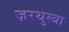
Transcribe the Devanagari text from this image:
ज़रथुस्त्रा